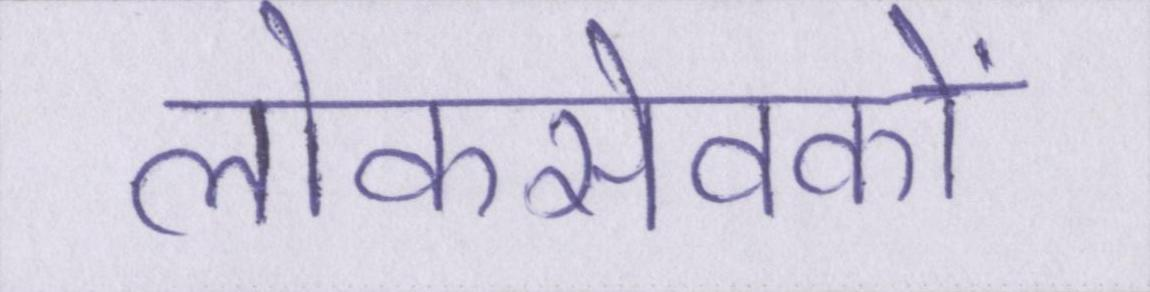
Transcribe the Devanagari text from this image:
लोकसेवकों